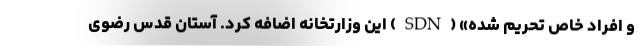
و افراد خاص تحریم شده» (SDN) این وزارتخانه اضافه کرد. آستان قدس رضوی